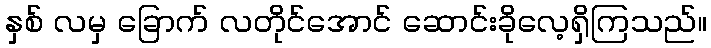
နှစ် လမှ ခြောက် လတိုင်အောင် ဆောင်းခိုလေ့ရှိကြသည်။